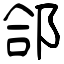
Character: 郃